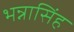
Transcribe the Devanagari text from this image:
भन्नासिंह